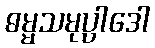
ဓမ္မသမုပ္ပါဒေါ